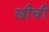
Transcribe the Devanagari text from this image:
खीचीं